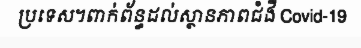
ប្រទេស។ពាក់ព័ន្ធដល់ស្ថានភាពជំងឺ Covid-19